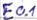
Text: E0.1